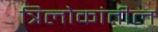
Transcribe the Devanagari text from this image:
त्रिलोकांतील